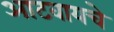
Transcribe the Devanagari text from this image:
आटवायचे